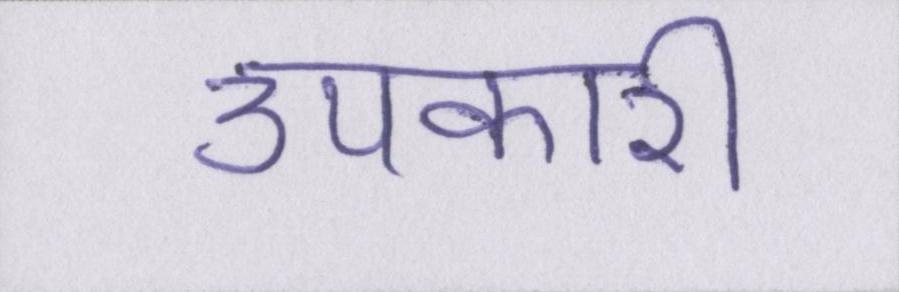
उपकारी